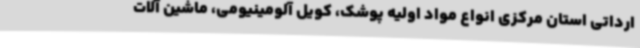
ارداتی استان مرکزی انواع مواد اولیه پوشک، کویل آلومینیومی، ماشین آلات